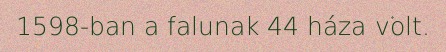
1598-ban a falunak 44 háza volt.